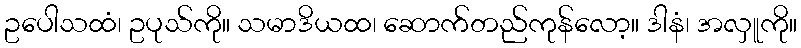
ဥပေါသထံ၊ ဥပုသ်ကို။ သမာဒိယထ၊ ဆောက်တည်ကုန်လော့။ ဒါနံ၊ အလှူကို။